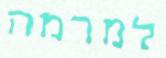
למרמה